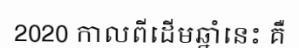
2020 កាលពីដើមឆ្នាំនេះ គឺ